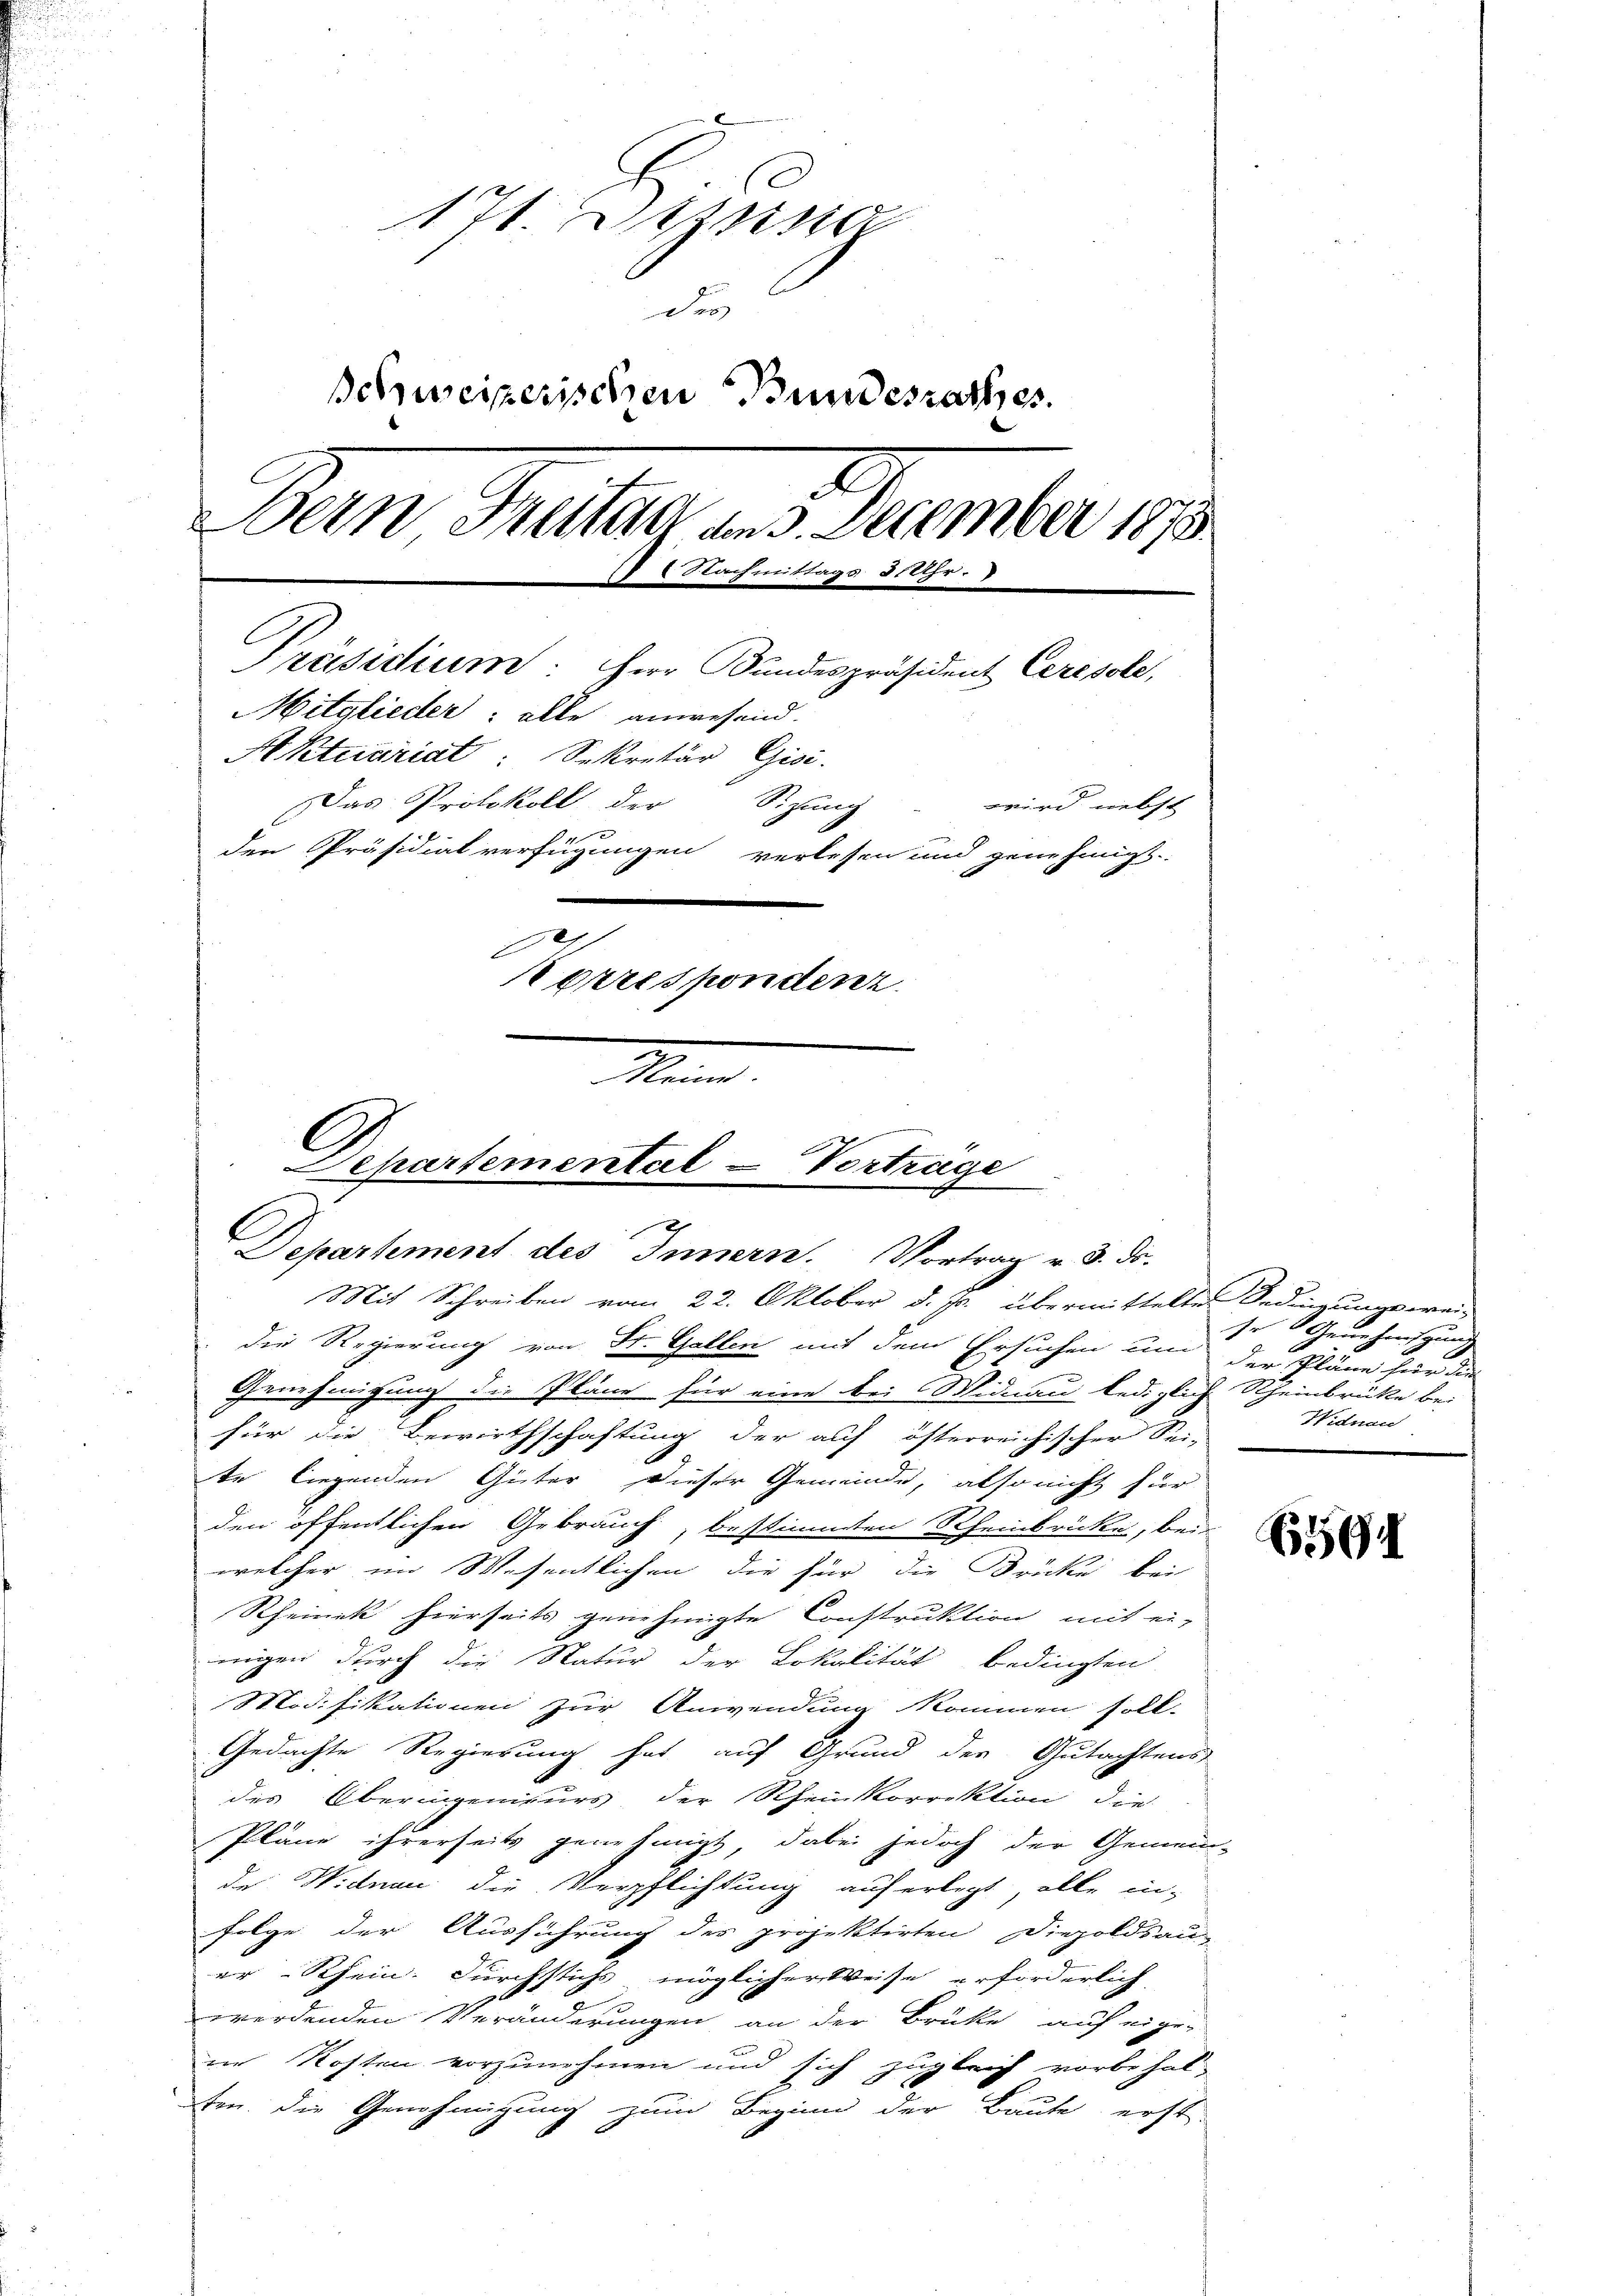
171. Dezung
D
schweizerischen Bundesrathes.
.
Bein Freitag am 3. December 1873
11 2 Nachmittags 8 Uhr.
Präsidium. Herr Bundespräsident Ceresole,
Mitglieder: alle anwesend.
Aktuariat Sekretär Gisi
Das Protokoll der
Sizung
wird nebst
den Präsidialverfügungen verlesen und genehmigt.
.
prispondenz
Mand

epartemental - Vortrage
n
Departement des Innern. Vortrag v. 3. Dr.

Mit Schreiben vom 22. Oktober d. Js. übermittelter Bedingungswei-
die Regierung von St. Gallen mit dem Ersuchen um der Pläne für die
Genehmigung die Pläne für eine bei Midau lediglich Rheinbrücke bei
für die Bewirthschaftung der auf österreichischer Sei-
te liegenden Güter dieser Gemeinde, also nicht für
den öffentlichen Gebrauch, bestimmten Rheinbrücke, bei
welcher im Wesentlichen die für die Brücke bei
Rheinek hierseits genehmigte Construktion mit ei-
nigen durch die Natur der Lokalität bedingten
Modifikationen zur Anwendung kommen soll.
Gedachte Regierung hat auf Grund der Gutachtens
des Oberingenieurs der Rheinkorrektion die
Pläne ihrerseits genehmigt, dabei jedoch der Gemein-
de Widnau die Verpflichtung auferlegt, alle in-
Folge der Ausführung der projektirten Diepoldsaus
er-Rhein. Durchstichs möglicher Weise erforderlich
werdenden Veränderungen an der Brüke auf eigen
in Kosten vorzunehmen und sich zugleich vorbehal-
ten die Genehmigung zum Beginn der Baute erst

se Genehmigung
Widnon

659